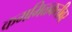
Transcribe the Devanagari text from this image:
कममिळकतीवर